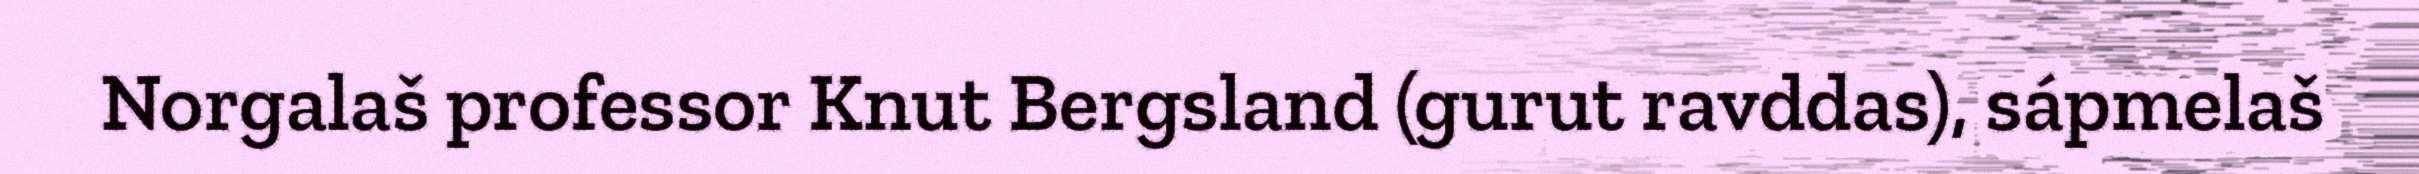
Norgalaš professor Knut Bergsland (gurut ravddas), sápmelaš